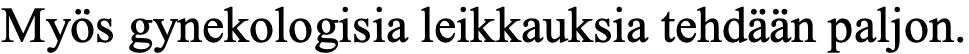
Myös gynekologisia leikkauksia tehdään paljon.